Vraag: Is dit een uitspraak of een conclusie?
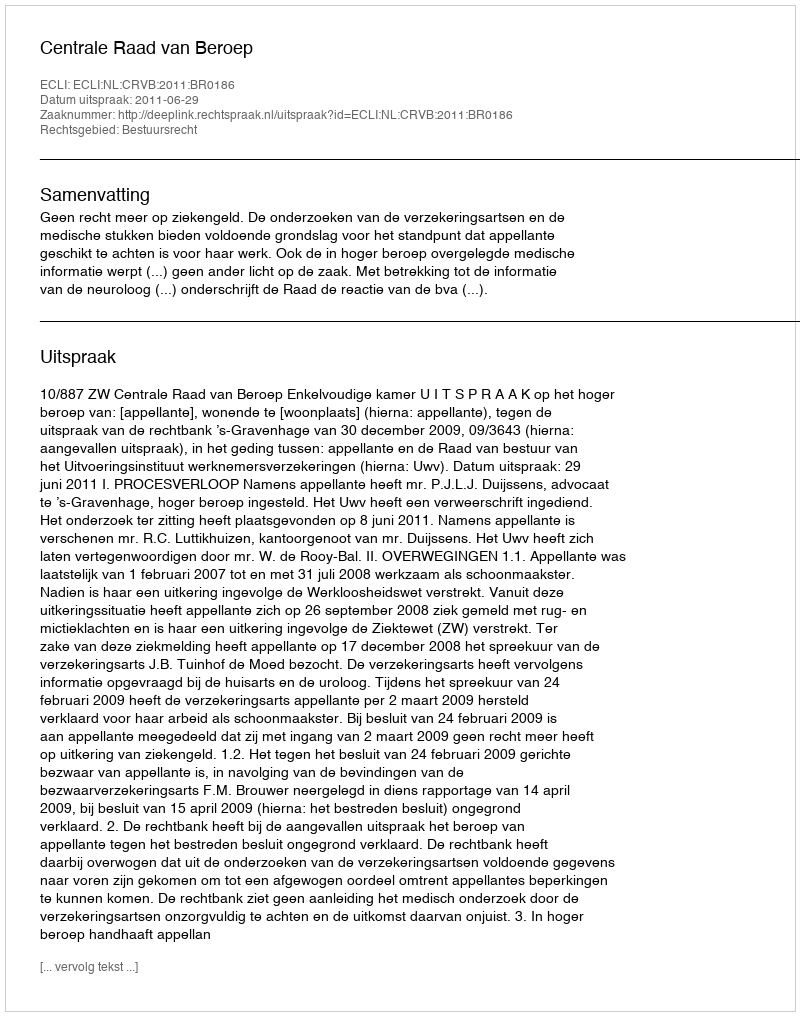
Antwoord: Uitspraak